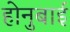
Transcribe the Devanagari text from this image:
होनुबाई